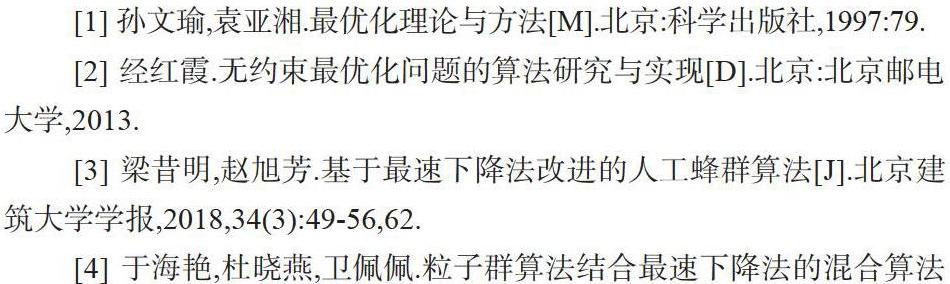
[1] 孙文瑜,袁亚湘.最优化理论与方法[M].北京:科学出版社,1997:79.
[2] 经红霞.无约束最优化问题的算法研究与实现[D].北京:北京邮电大学,2013.
[3] 梁昔明,赵旭芳.基于最速下降法改进的人工蜂群算法[J].北京建筑大学学报,2018,34(3):49-56,62.
[4] 于海艳,杜晓燕,卫佩佩.粒子群算法结合最速下降法的混合算法